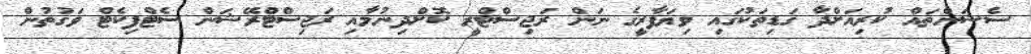
ސެޝަންތައް ކުރިއަށްދާ ގަޑިތަކުގައި ވިޔަފާރީގެ ނަން ރަޖިސްޓްރީ ކޮށްދިނުމާއި ރަޖިސްޓްރޭޝަން ސެޓްފިކެޓް ވަގުތުން